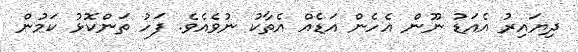
ދިޔައިރު އެއަޑު ނޫން އެހެން އަޑެއް އެތާކު ނުވެއެވެ. ފަހު ތަންކޮޅު ކަމުން